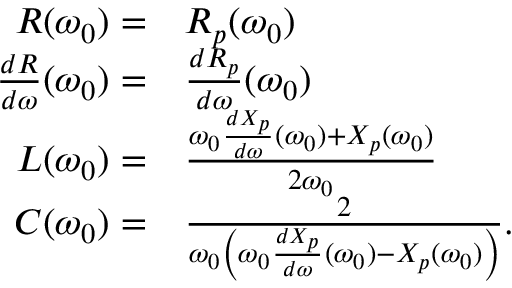
\begin{array} { r l } { R ( \omega _ { 0 } ) = } & { { } R _ { p } ( \omega _ { 0 } ) } \\ { \frac { d R } { d \omega } ( \omega _ { 0 } ) = } & { { } \frac { d R _ { p } } { d \omega } ( \omega _ { 0 } ) } \\ { L ( \omega _ { 0 } ) = } & { { } \frac { \omega _ { 0 } \frac { d X _ { p } } { d \omega } ( \omega _ { 0 } ) + X _ { p } ( \omega _ { 0 } ) } { 2 \omega _ { 0 } } } \\ { C ( \omega _ { 0 } ) = } & { { } \frac { 2 } { \omega _ { 0 } \left( \omega _ { 0 } \frac { d X _ { p } } { d \omega } ( \omega _ { 0 } ) - X _ { p } ( \omega _ { 0 } ) \right) } . } \end{array}